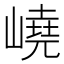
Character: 嶢